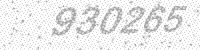
Solution: 930265